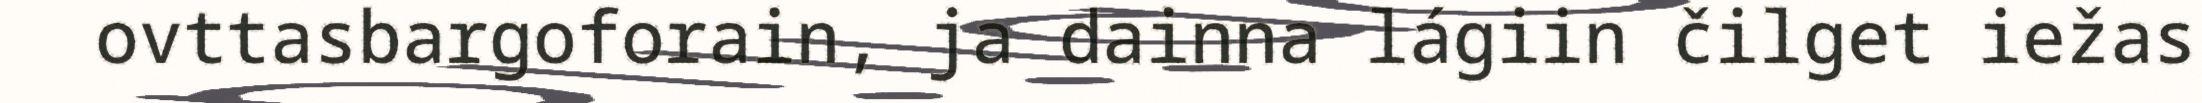
ovttasbargoforain, ja dainna lágiin čilget iežas